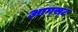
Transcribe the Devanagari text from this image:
आग्‍स्‍ट